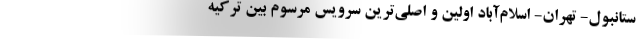
ستانبول- تهران- اسلام‌آباد اولین و اصلی‌ترین سرویس مرسوم بین ترکیه